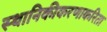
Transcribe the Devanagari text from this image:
स्थानिकीकरणाकरिता